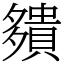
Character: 㚍